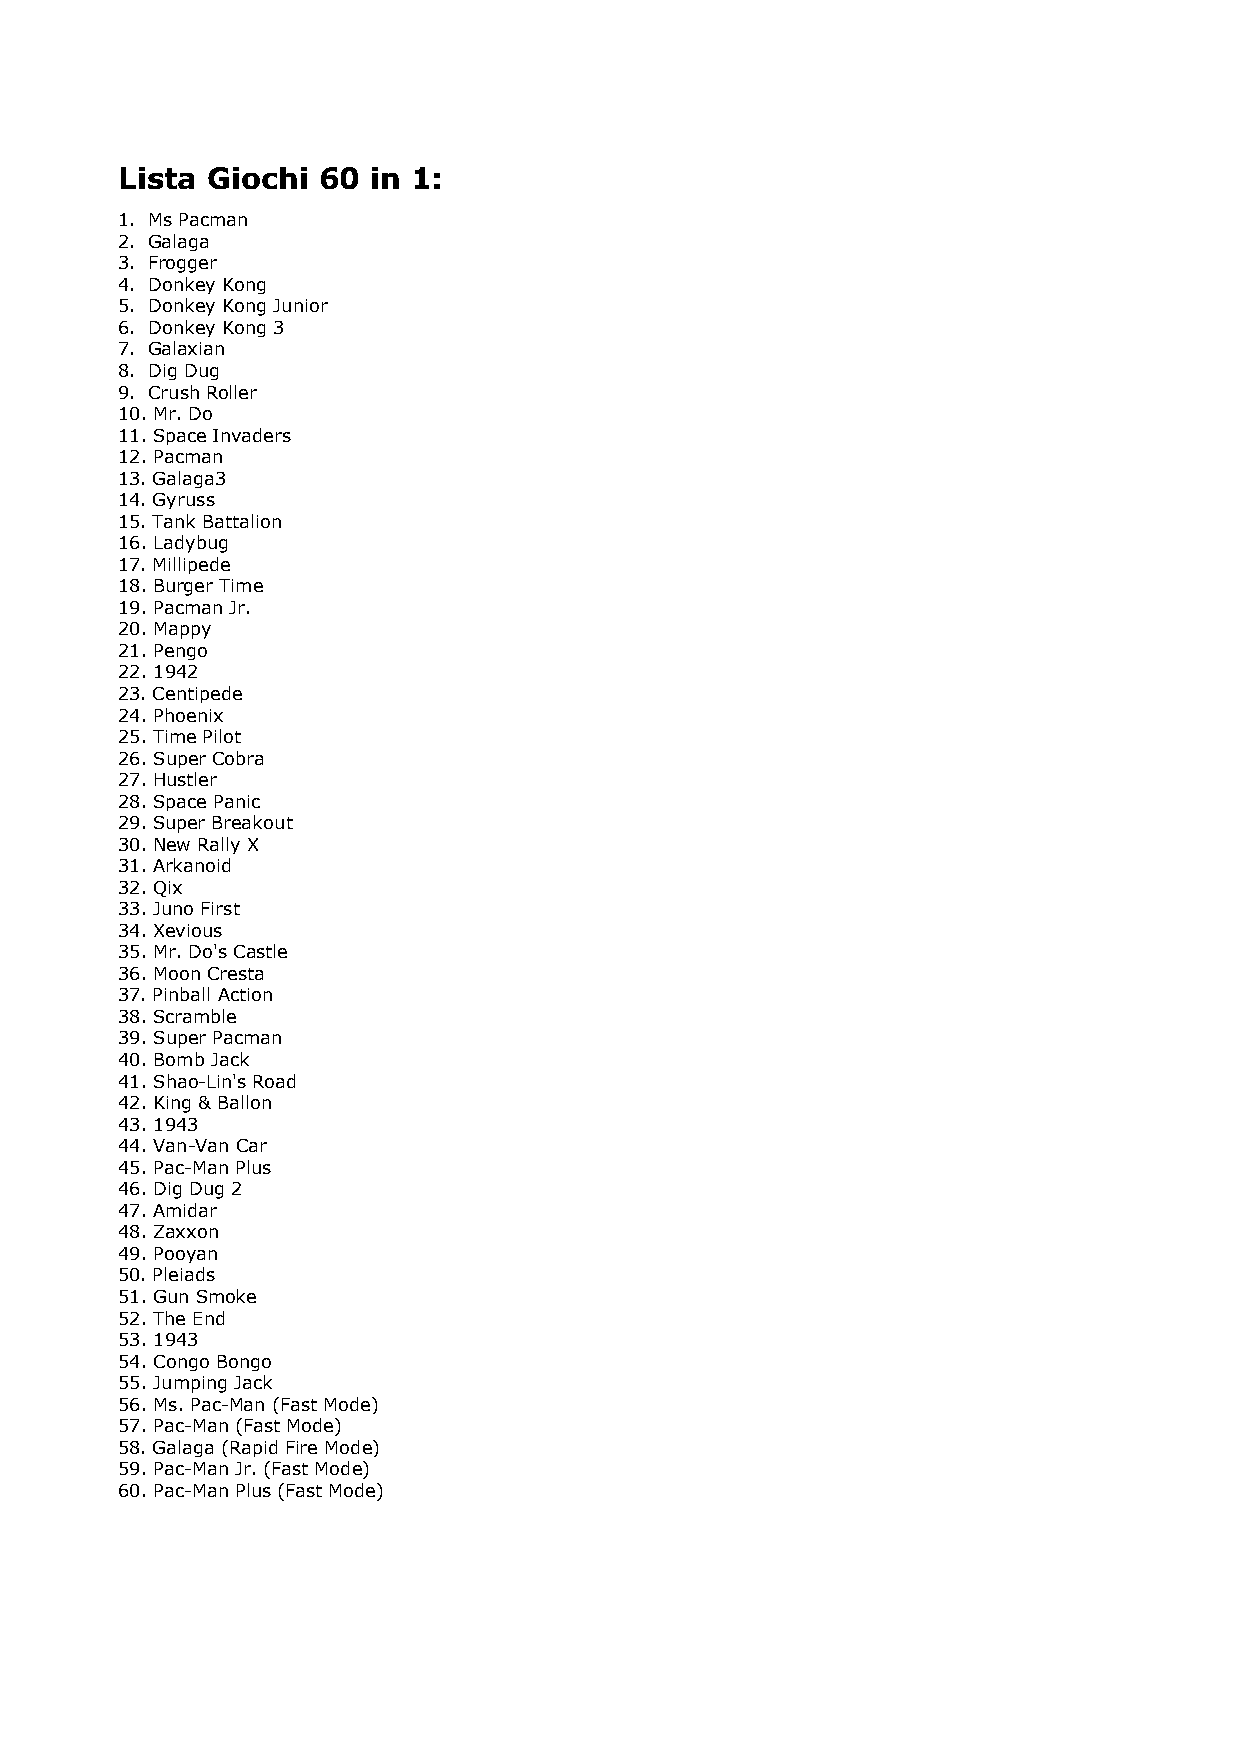
Lista Giochi 60 in 1:
 1. Ms Pacman
 2. Galaga
 3. Frogger
 4. Donkey Kong
 5. Donkey Kong Junior
 6. Donkey Kong 3
 7. Galaxian
 8. Dig Dug
 9. Crush Roller
 10. Mr. Do
 11. Space Invaders
 12. Pacman
 13. Galaga3
 14. Gyruss
 15. Tank Battalion
 16. Ladybug
 17. Millipede
 18. Burger Time
 19. Pacman Jr.
 20. Mappy
 21. Pengo
 22. 1942
 23. Centipede
 24. Phoenix
 25. Time Pilot
 26. Super Cobra
 27. Hustler
 28. Space Panic
 29. Super Breakout
 30. New Rally X
 31. Arkanoid
 32. Qix
 33. Juno First
 34. Xevious
 35. Mr. Do's Castle
 36. Moon Cresta
 37. Pinball Action
 38. Scramble
 39. Super Pacman
 40. Bomb Jack
 41. Shao-Lin's Road
 42. King & Ballon
 43. 1943
 44. Van-Van Car
 45. Pac-Man Plus
 46. Dig Dug 2
 47. Amidar
 48. Zaxxon
 49. Pooyan
 50. Pleiads
 51. Gun Smoke
 52. The End
 53. 1943
 54. Congo Bongo
 55. Jumping Jack
 56. Ms. Pac-Man (Fast Mode)
 57. Pac-Man (Fast Mode)
 58. Galaga (Rapid Fire Mode)
 59. Pac-Man Jr. (Fast Mode)
 60. Pac-Man Plus (Fast Mode)